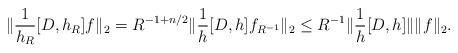
LaTeX: \begin{align*}\| \frac 1 {h_R} [D, h_R] f \|_2= R^{-1+n/2} \| \frac{1}{h}[D,h] f_{R^{-1}} \|_2\leq R^{-1} \|\frac{1}{h} [D,h] \| \| f \|_2.\end{align*}